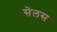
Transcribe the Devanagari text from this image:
सेलस